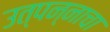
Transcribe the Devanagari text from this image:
उत्पन्‍नाचा